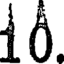
10.